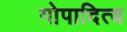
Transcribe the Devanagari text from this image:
गोपादित्य